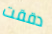
دققت